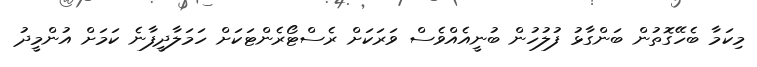
މިކަމާ ބެހޭގޮތުން ބަންގާޅު ފުލުހުން ބުނީއެއްވެސް ވަރަކަށް ރެސްޓޯރެންޓަކަށް ހަމަލާދީފާނެ ކަމަށް އުންމީދު